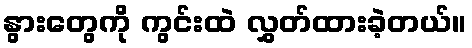
နွားတွေကို ကွင်းထဲ လွှတ်ထားခဲ့တယ်။